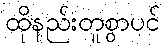
ထိုနည်းတူစွာပင်